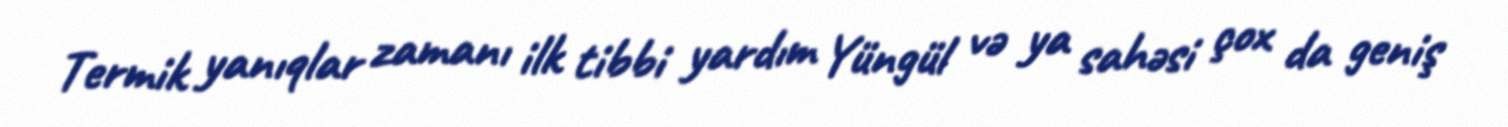
Termik yanıqlar zamanı ilk tibbi yardım Yüngül və ya sahəsi çox da geniş